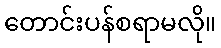
တောင်းပန်စရာမလို။